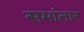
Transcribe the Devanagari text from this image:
समांतार